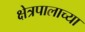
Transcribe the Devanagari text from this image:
क्षेत्रपालाच्या